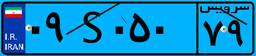
۰۹S۰۵۰۷۹